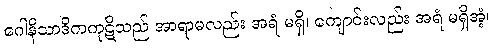
ဂေါနိသာဒိကကုဋိသည် အာရာမလည်း အရံ မရှိ၊ ကျောင်းလည်း အရံ မရှိအံ့၊